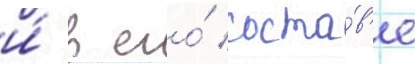
и́ в его́ соста́в'е